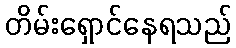
တိမ်းရှောင်နေရသည်